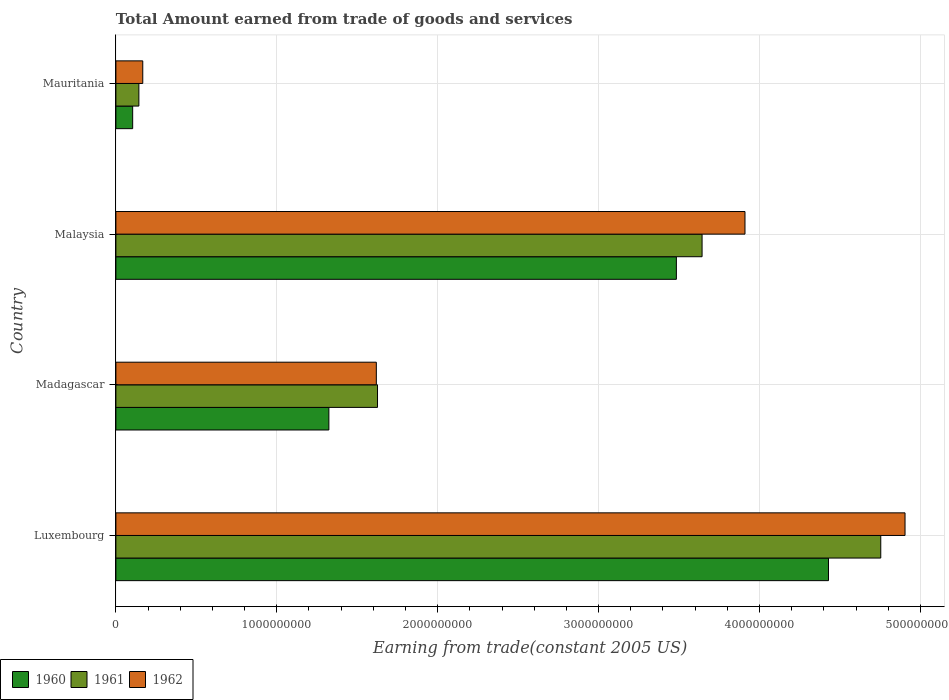
| Country | 1960 | 1961 | 1962 |
 | --- | --- | --- | --- |
 | Luxembourg | 4.43e+09 | 4.75e+09 | 4.9e+09 |
 | Madagascar | 1.32e+09 | 1.63e+09 | 1.62e+09 |
 | Malaysia | 3.48e+09 | 3.64e+09 | 3.91e+09 |
 | Mauritania | 1.04e+08 | 1.43e+08 | 1.67e+08 |